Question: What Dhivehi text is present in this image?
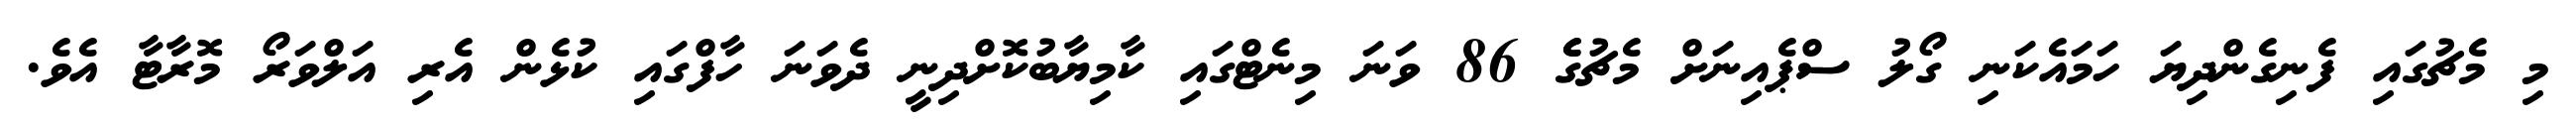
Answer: މި މެޗުގައި ފެނިގެންދިޔަ ހަމައެކަނި ގޯލު ސްޕެއިނަށް މެޗުގެެ 86 ވަނަ މިނެޓްގައި ކާމިޔާބުކޮށްދިނީ ދެވަނަ ހާފްގައި ކުޅެން އެރި އަލްވަރޯ މޮރާޓާ އެވެ.